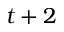
t + 2